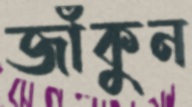
জাঁকুন